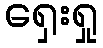
ရှေးရှု